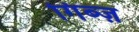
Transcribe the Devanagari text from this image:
गिब्ज़